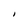
Character: I